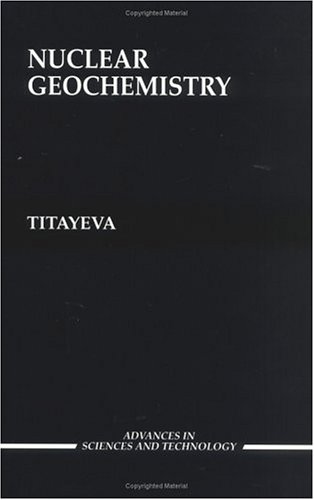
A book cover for Nuclear Geochemistry (Advances in Science & Technology); Titayeva; Science & Math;